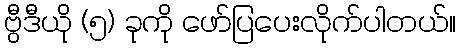
ဗွီဒီယို (၅) ခုကို ဖော်ပြပေးလိုက်ပါတယ်။